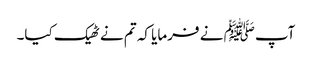
آپﷺ نے فرمایا کہ تم نے ٹھیک کیا۔